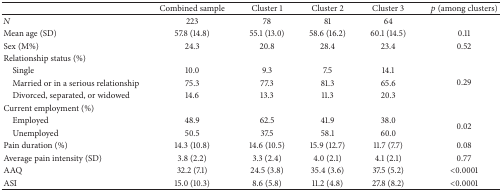
<table><thead><tr><td><b> </b></td><td><b>Combined sample</b></td><td><b>Cluster 1</b></td><td><b>Cluster 2</b></td><td><b>Cluster 3</b></td><td><b><i>p</i> (among clusters)</b></td></tr></thead><tbody><tr><td><i>N</i></td><td>223</td><td>78</td><td>81</td><td>64</td><td> </td></tr><tr><td>Mean age (SD)</td><td>57.8 (14.8)</td><td>55.1 (13.0)</td><td>58.6 (16.2)</td><td>60.1 (14.5)</td><td>0.11</td></tr><tr><td>Sex (M%)</td><td>24.3</td><td>20.8</td><td>28.4</td><td>23.4</td><td>0.52</td></tr><tr><td>Relationship status (%)</td><td> </td><td> </td><td> </td><td> </td><td> </td></tr><tr><td> Single</td><td>10.0</td><td>9.3</td><td>7.5</td><td>14.1</td><td rowspan="3">0.29</td></tr><tr><td> Married or in a serious relationship</td><td>75.3</td><td>77.3</td><td>81.3</td><td>65.6</td></tr><tr><td> Divorced, separated, or widowed</td><td>14.6</td><td>13.3</td><td>11.3</td><td>20.3</td></tr><tr><td>Current employment (%)</td><td> </td><td> </td><td> </td><td> </td><td> </td></tr><tr><td> Employed</td><td>48.9</td><td>62.5</td><td>41.9</td><td>38.0</td><td rowspan="2">0.02</td></tr><tr><td> Unemployed</td><td>50.5</td><td>37.5</td><td>58.1</td><td>60.0</td></tr><tr><td>Pain duration (%)</td><td>14.3 (10.8)</td><td>14.6 (10.5)</td><td>15.9 (12.7)</td><td>11.7 (7.7)</td><td>0.08</td></tr><tr><td>Average pain intensity (SD)</td><td>3.8 (2.2)</td><td>3.3 (2.4)</td><td>4.0 (2.1)</td><td>4.1 (2.1)</td><td>0.77</td></tr><tr><td>AAQ</td><td>32.2 (7.1)</td><td>24.5 (3.8)</td><td>35.4 (3.6)</td><td>37.5 (5.2)</td><td>&lt;0.0001</td></tr><tr><td>ASI</td><td>15.0 (10.3)</td><td>8.6 (5.8)</td><td>11.2 (4.8)</td><td>27.8 (8.2)</td><td>&lt;0.0001</td></tr></tbody></table>